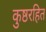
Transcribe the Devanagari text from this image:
कुष्ठरहित